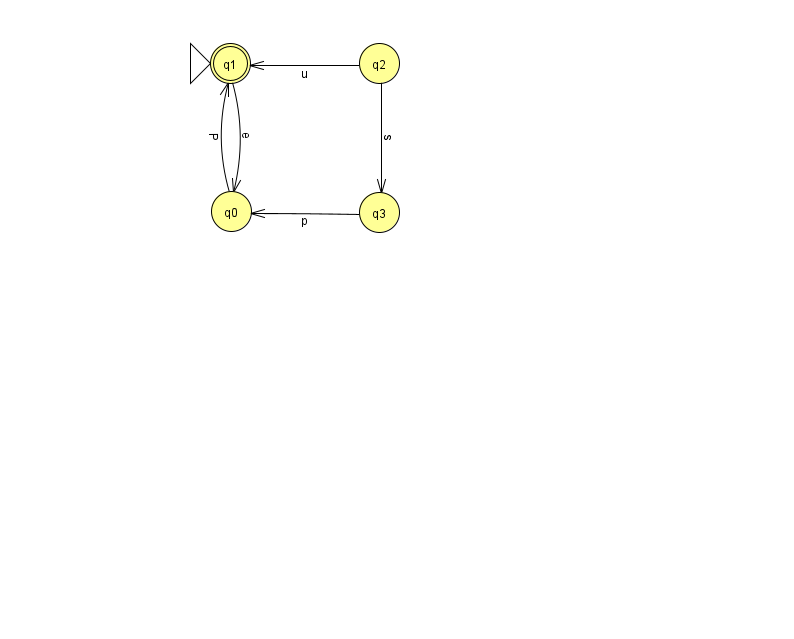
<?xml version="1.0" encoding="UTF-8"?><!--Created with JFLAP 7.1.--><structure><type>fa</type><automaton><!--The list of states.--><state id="0" name="q0"><x>231.0</x><y>198.0</y></state><state id="1" name="q1"><x>230.0</x><y>50.0</y><initial/><final/></state><state id="2" name="q2"><x>379.0</x><y>50.0</y></state><state id="3" name="q3"><x>379.0</x><y>199.0</y></state><!--The list of transitions.--><transition><from>3</from><to>0</to><read>p</read></transition><transition><from>1</from><to>0</to><read>e</read></transition><transition><from>0</from><to>1</to><read>P</read></transition><transition><from>2</from><to>3</to><read>s</read></transition><transition><from>2</from><to>1</to><read>u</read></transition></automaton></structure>